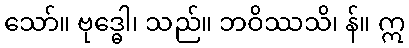
သော်။ ဗုဒ္ဓေါ၊ သည်။ ဘဝိဿသိ၊ န်။ ဣ